Annual report on the Civil Veterinary Department, Burma (including the Insein Veterinary School) - 1932-1941
Year: 1932
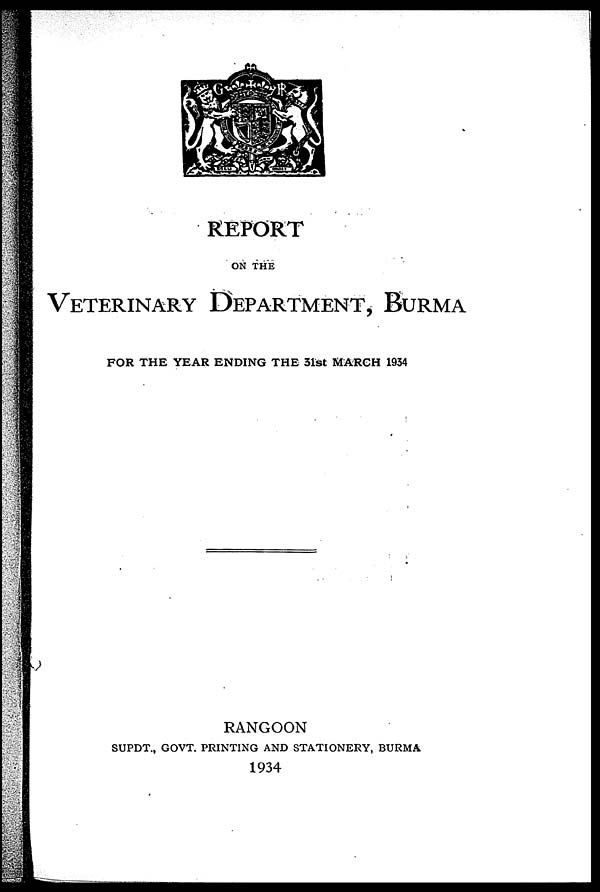
REPORT
ON THE
VETERINARY DEPARTMENT, BURMA
FOR THE YEAR ENDING THE 31st MARCH 1934
RANGOON
SUPDT., GOVT. PRINTING AND STATIONERY, BURMA
1934